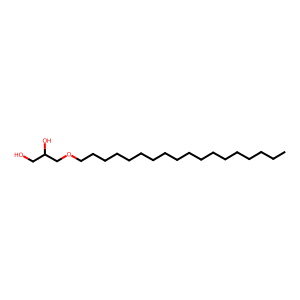
SMILES: CCCCCCCCCCCCCCCCCCOCC(O)CO
Inhibits HIV replication: No